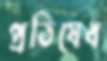
প্রতিষেধ